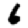
Digit: 6